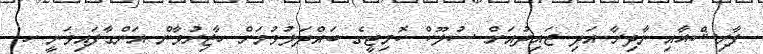
ފާރިޝްއާއި ނާދިރާ އަދި ޒައިދުއަށް ސުލޫކް ކޮމިޓީގެ ބައްދަލުވުމަށް ހާޒިރުވާން އަންގާފައިވަނީ ހ.